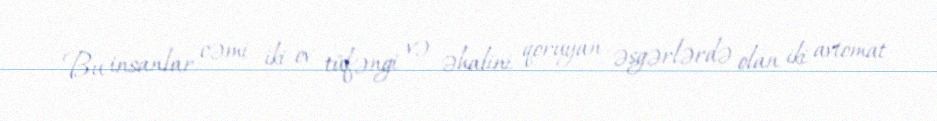
Bu insanlar cəmi iki ov tüfəngi və əhalini qoruyan əsgərlərdə olan iki avtomat